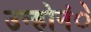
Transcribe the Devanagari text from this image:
उन्होनंे